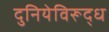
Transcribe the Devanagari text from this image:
दुनियेविरूद्ध